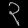
Digit: ၃